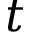
t